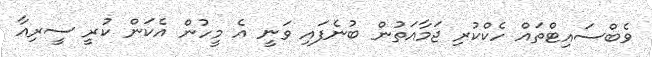
ވެބްސައިޓްތައް ހެކްކުރި ޖަމާއަތުން ބުނެފައި ވަނީ އެ މީހުން އެކަން ކުރީ ސީރިއާ